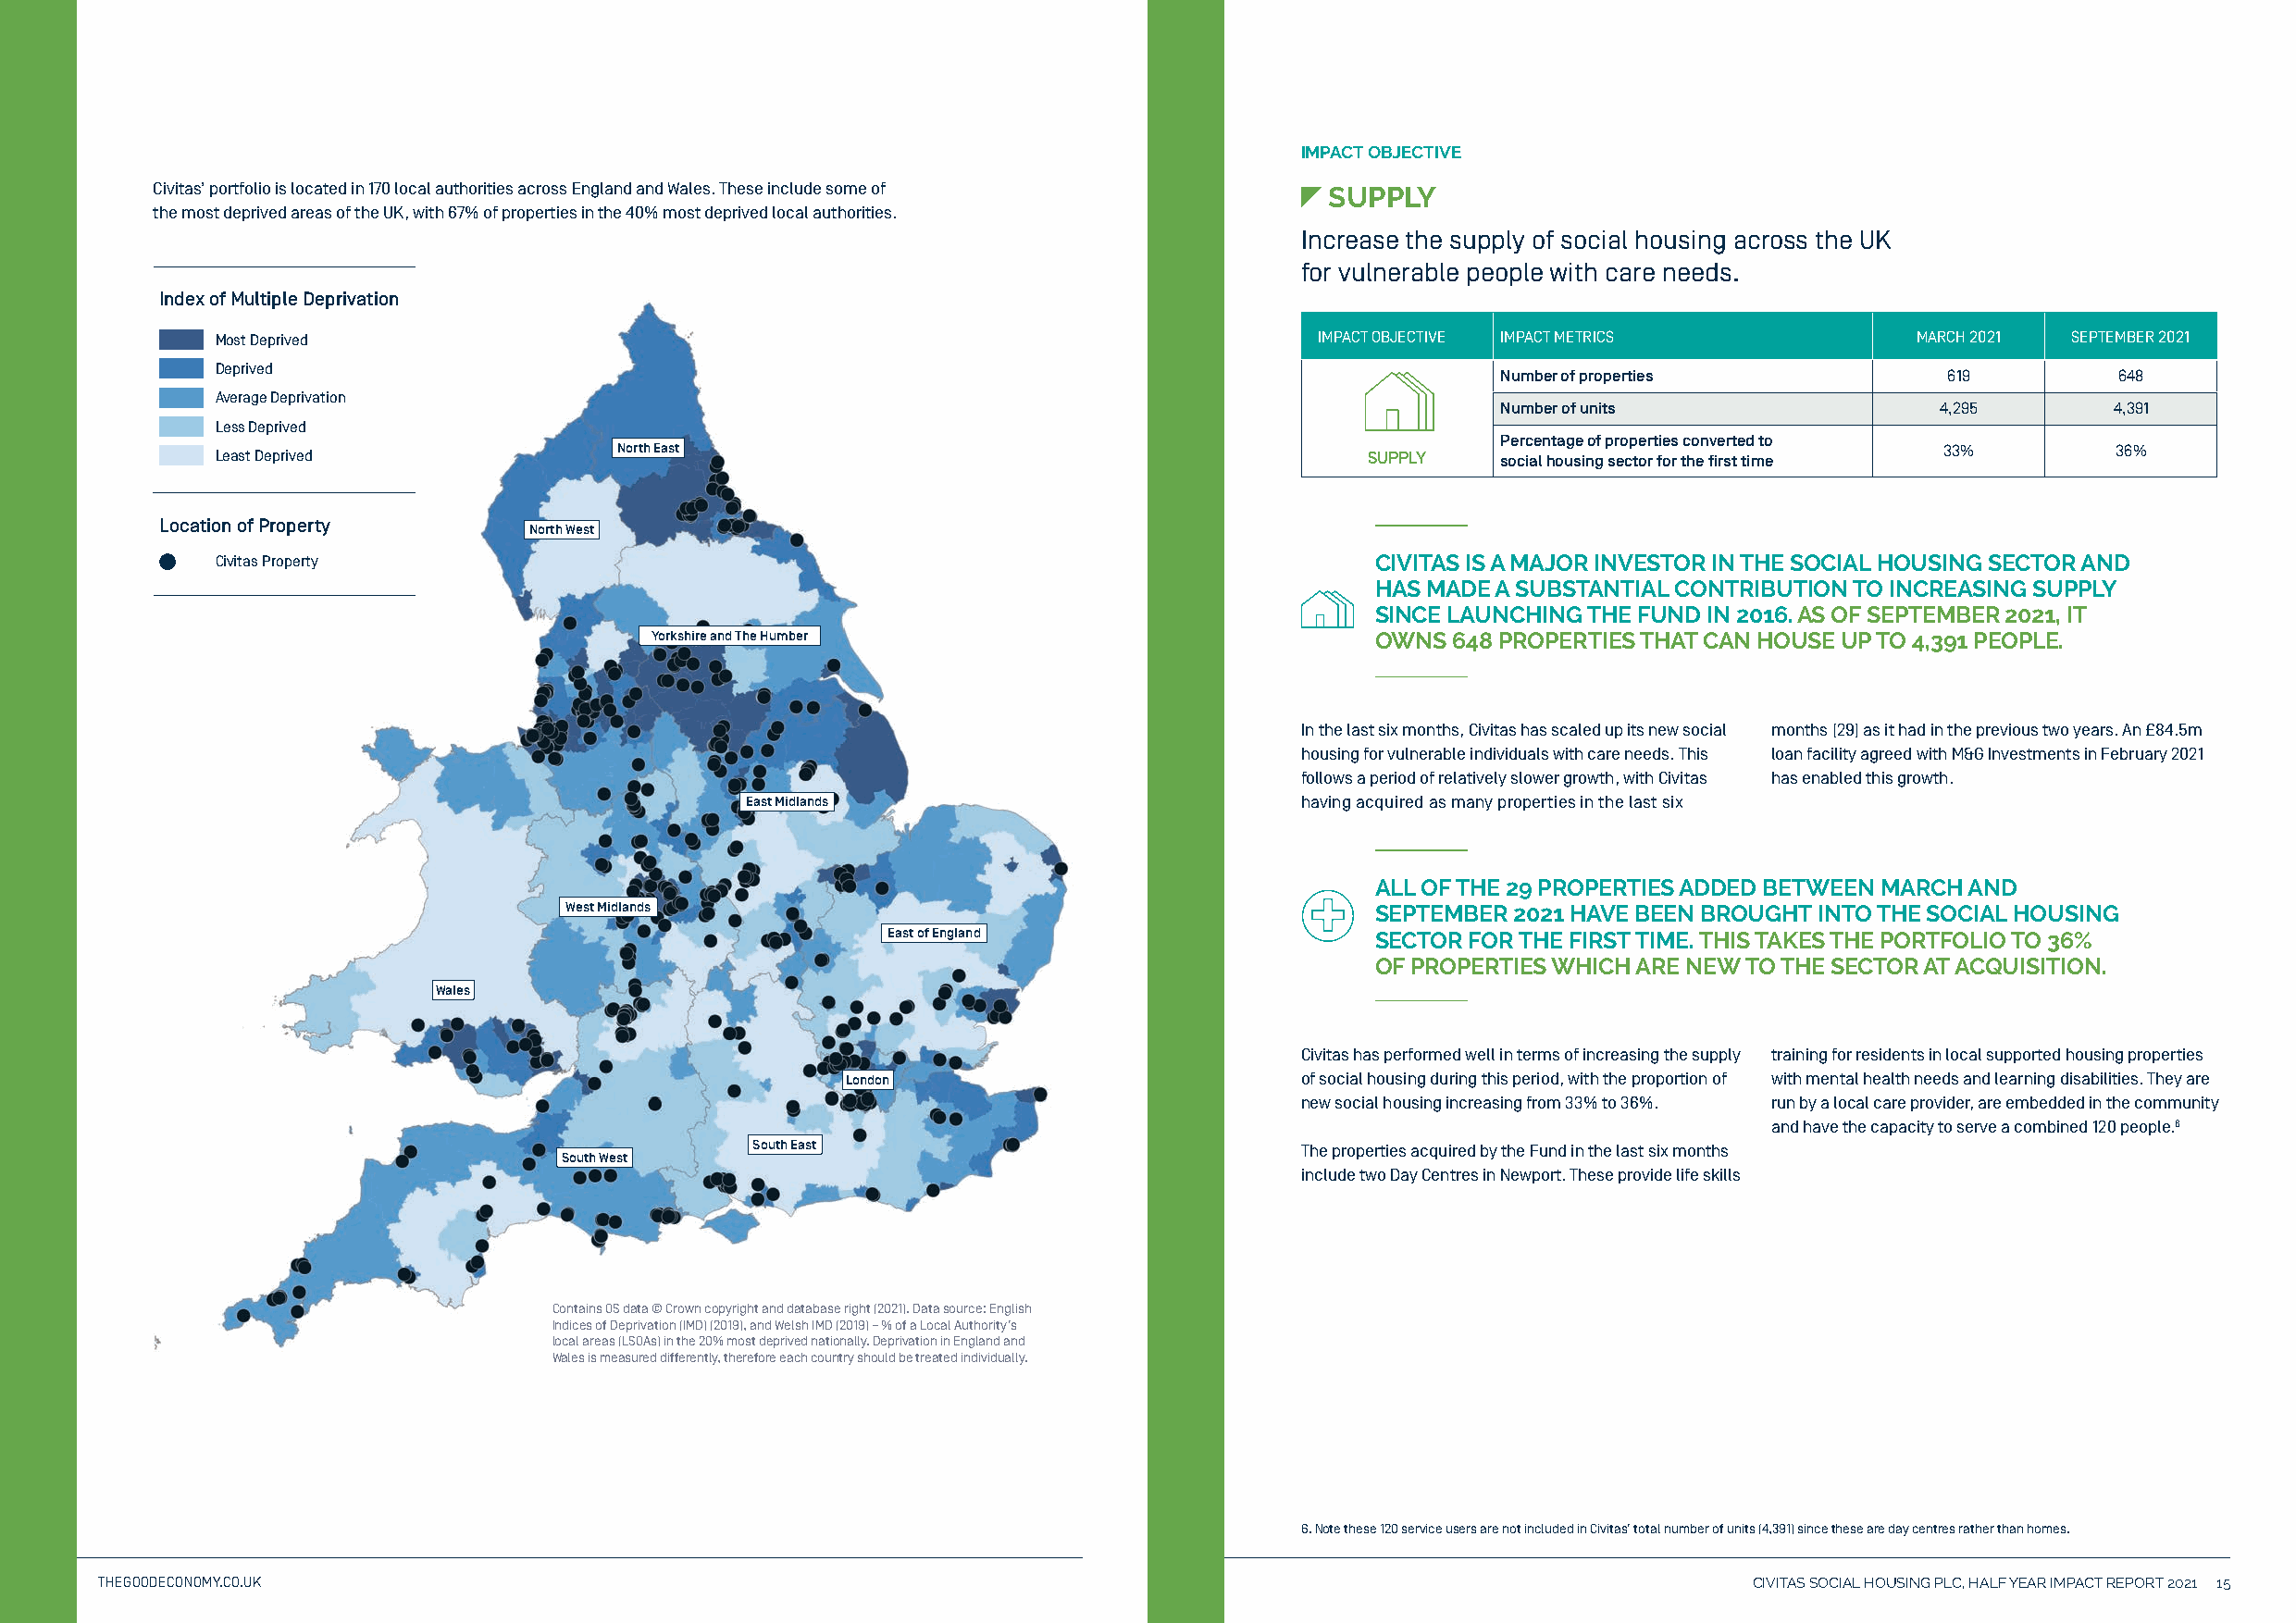
IMPACT OBJECTIVE
 Civitas’ portfolio is located in 170 local authorities across England and Wales. These include some of SUPPLY
 the most deprived areas of the UK, with 67% of properties in the 40% most deprived local authorities.
 Increase the supply of social housing across the UK
 for vulnerable people with care needs.
 Index of Multiple Deprivation
 Most Deprived                                                                  IMPACT OBJECTIVE IMPACT METRICS            MARCH 2021 SEPTEMBER 2021
 Deprived
 Number of properties            619          648
 Average Deprivation
 Number of units                 4,295       4,391
 Less Deprived
 Percentage of properties converted to
 Least Deprived               North East                                            SUPPLY   social housing sector for the first time 33% 36%
 Location of Property
 North West
 Civitas Property                                                                   CIVITAS IS A MAJOR INVESTOR IN THE SOCIAL HOUSING SECTOR AND
 HAS MADE A SUBSTANTIAL CONTRIBUTION TO INCREASING SUPPLY
 SINCE LAUNCHING THE FUND IN 2016. AS OF SEPTEMBER 2021, IT
 Yorkshire and The Humber                           OWNS  648 PROPERTIES THAT CAN HOUSE UP TO 4,391 PEOPLE.
 In the last six months, Civitas has scaled up its new social months (29) as it had in the previous two years. An £84.5m
 housing for vulnerable individuals with care needs. This loan facility agreed with M&G Investments in February 2021
 follows a period of relatively slower growth, with Civitas has enabled this growth.
 East Midlands                           having acquired as many properties in the last six
 ALL OF THE 29 PROPERTIES ADDED BETWEEN MARCH AND
 West Midlands                                             SEPTEMBER 2021 HAVE BEEN BROUGHT INTO THE SOCIAL HOUSING
 East of England                   SECTOR FOR THE FIRST TIME. THIS TAKES THE PORTFOLIO TO 36%
 OF PROPERTIES WHICH ARE NEW TO THE SECTOR AT ACQUISITION.
 Wales
 Civitas has performed well in terms of increasing the supply training for residents in local supported housing properties
 London                           of social housing during this period, with the proportion of with mental health needs and learning disabilities. They are
 new social housing increasing from 33% to 36%. run by a local care provider, are embedded in the community
 and have the capacity to serve a combined 120 people.6
 South East                             The properties acquired by the Fund in the last six months
 South West
 include two Day Centres in Newport. These provide life skills
 Contains OS data © Crown copyright and database right (2021). Data source: English
 Indices of Deprivation (IMD) (2019), and Welsh IMD (2019) – % of a Local Authority’s
 local areas (LSOAs) in the 20% most deprived nationally. Deprivation in England and
 Wales is measured differently, therefore each country should be treated individually.
 6. Note these 120 service users are not included in Civitas’ total number of units (4,391) since these are day centres rather than homes.
 THEGOODECONOMY.CO.UK                                                                                                  CIVITAS SOCIAL HOUSING PLC, HALF YEAR IMPACT REPORT 2021 15